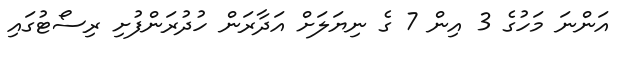
އަންނަ މަހުގެ 3 އިން 7 ގެ ނިޔަލަށް އަދާރަން ހުދުރަންފުށި ރިސޯޓުގައި